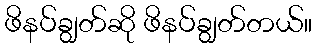
ဖိနပ်ချွတ်ဆို ဖိနပ်ချွတ်တယ်။